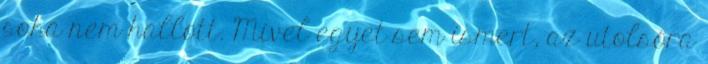
soha nem hallott. Mivel egyet sem ismert, az utolsóra